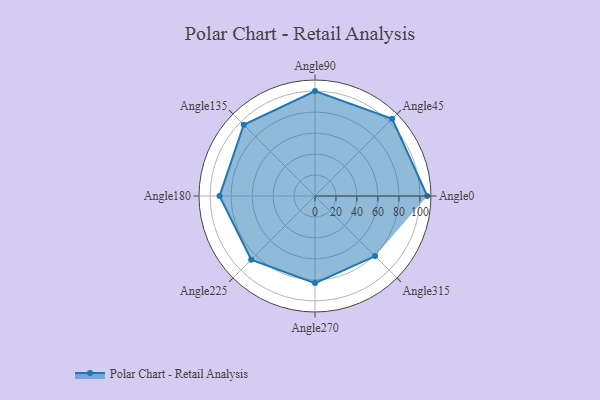
{"axis": {"x": "Angle", "y": "Radius"}, "legend": [""], "data": [{"x": "Angle0", "y": 107.0, "type": ""}, {"x": "Angle45", "y": 104.0, "type": ""}, {"x": "Angle90", "y": 100.0, "type": ""}, {"x": "Angle135", "y": 96.0, "type": ""}, {"x": "Angle180", "y": 91.0, "type": ""}, {"x": "Angle225", "y": 86.0, "type": ""}, {"x": "Angle270", "y": 83.0, "type": ""}, {"x": "Angle315", "y": 81.0, "type": ""}]}